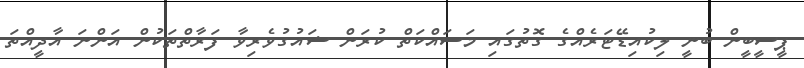
ޕީސީބީން ބުނީ ލިކުއިޑޭޓަރެއްގެ ގޮތުގައި މަސައްކަތް ކުރަން ޝައުގުވެރިވާ ފަރާތްތަކުން އަންނަ އާދީއްތަ